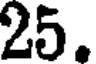
25.